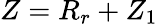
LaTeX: Z=R_{r}+Z_{1}